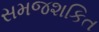
સમજશકિત